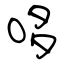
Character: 哆